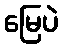
မြေပဲ